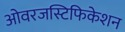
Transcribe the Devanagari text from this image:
ओवरजस्टिफिकेशन